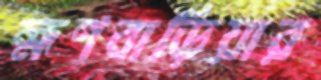
হ্মণবাড়িয়ার